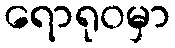
ရောရုဝမှာ